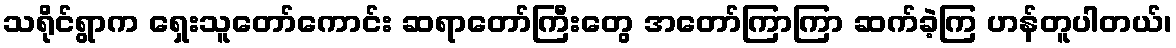
သရိုင်ရွာက ရှေးသူတော်ကောင်း ဆရာတော်ကြီးတွေ အတော်ကြာကြာ ဆက်ခဲ့ကြ ဟန်တူပါတယ်၊